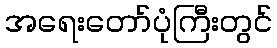
အရေးတော်ပုံကြီးတွင်